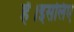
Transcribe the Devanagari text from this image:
हें।इसलिए